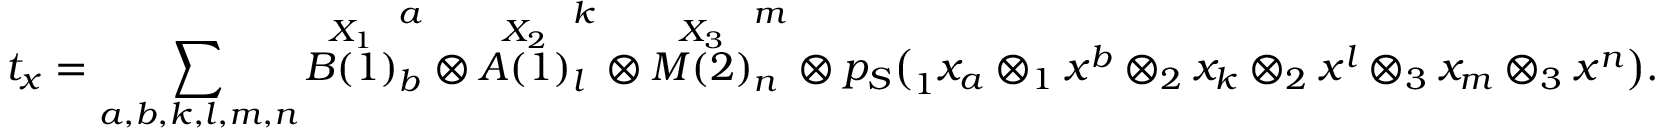
t _ { x } = \sum _ { a , b , k , l , m , n } \overset { X _ { 1 } } { B ( 1 ) } _ { b } ^ { a } \otimes \overset { X _ { 2 } } { A ( 1 ) } _ { l } ^ { k } \otimes \overset { X _ { 3 } } { M ( 2 ) } _ { n } ^ { m } \otimes p _ { S } \big ( _ { 1 } x _ { a } \otimes _ { 1 } x ^ { b } \otimes _ { 2 } x _ { k } \otimes _ { 2 } x ^ { l } \otimes _ { 3 } x _ { m } \otimes _ { 3 } x ^ { n } \big ) .